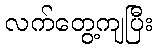
လက်တွေ့ကျပြီး